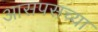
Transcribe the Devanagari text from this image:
आसपसच्या